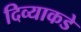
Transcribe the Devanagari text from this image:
दिव्याकडे